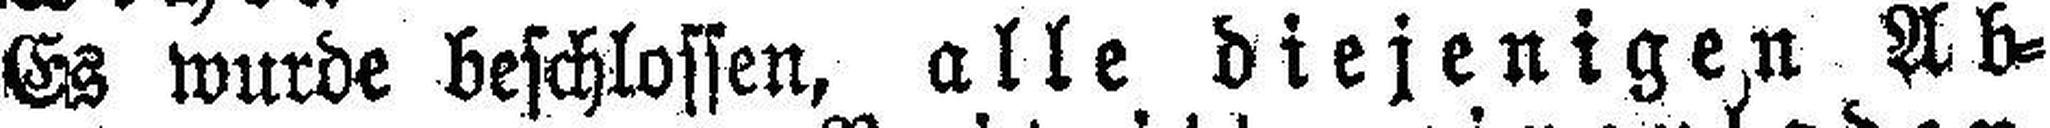
Es wurde beschlossen, alle diejenigen Ab¬